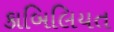
કાબિલિયત